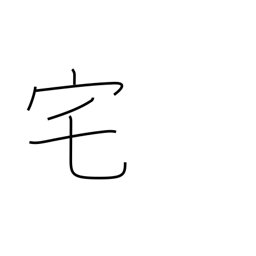
Meaning: home